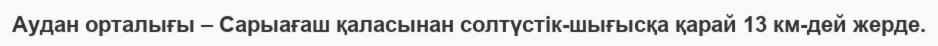
Аудан орталығы – Сарыағаш қаласынан солтүстік-шығысқа қарай 13 км-дей жерде.